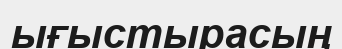
ығыстырасың